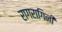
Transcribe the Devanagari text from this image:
रागरागिनी